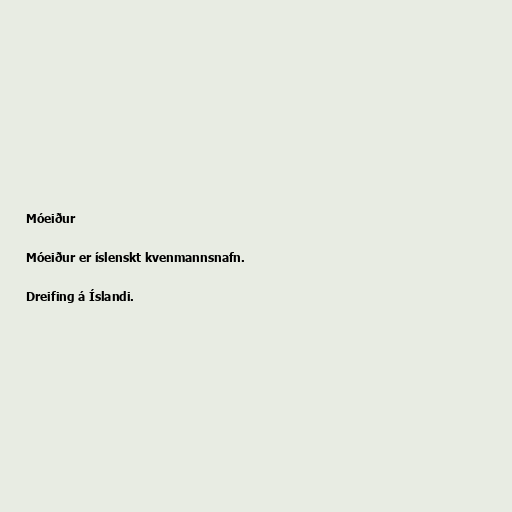
Móeiður

Móeiður er íslenskt kvenmannsnafn.

Dreifing á Íslandi.